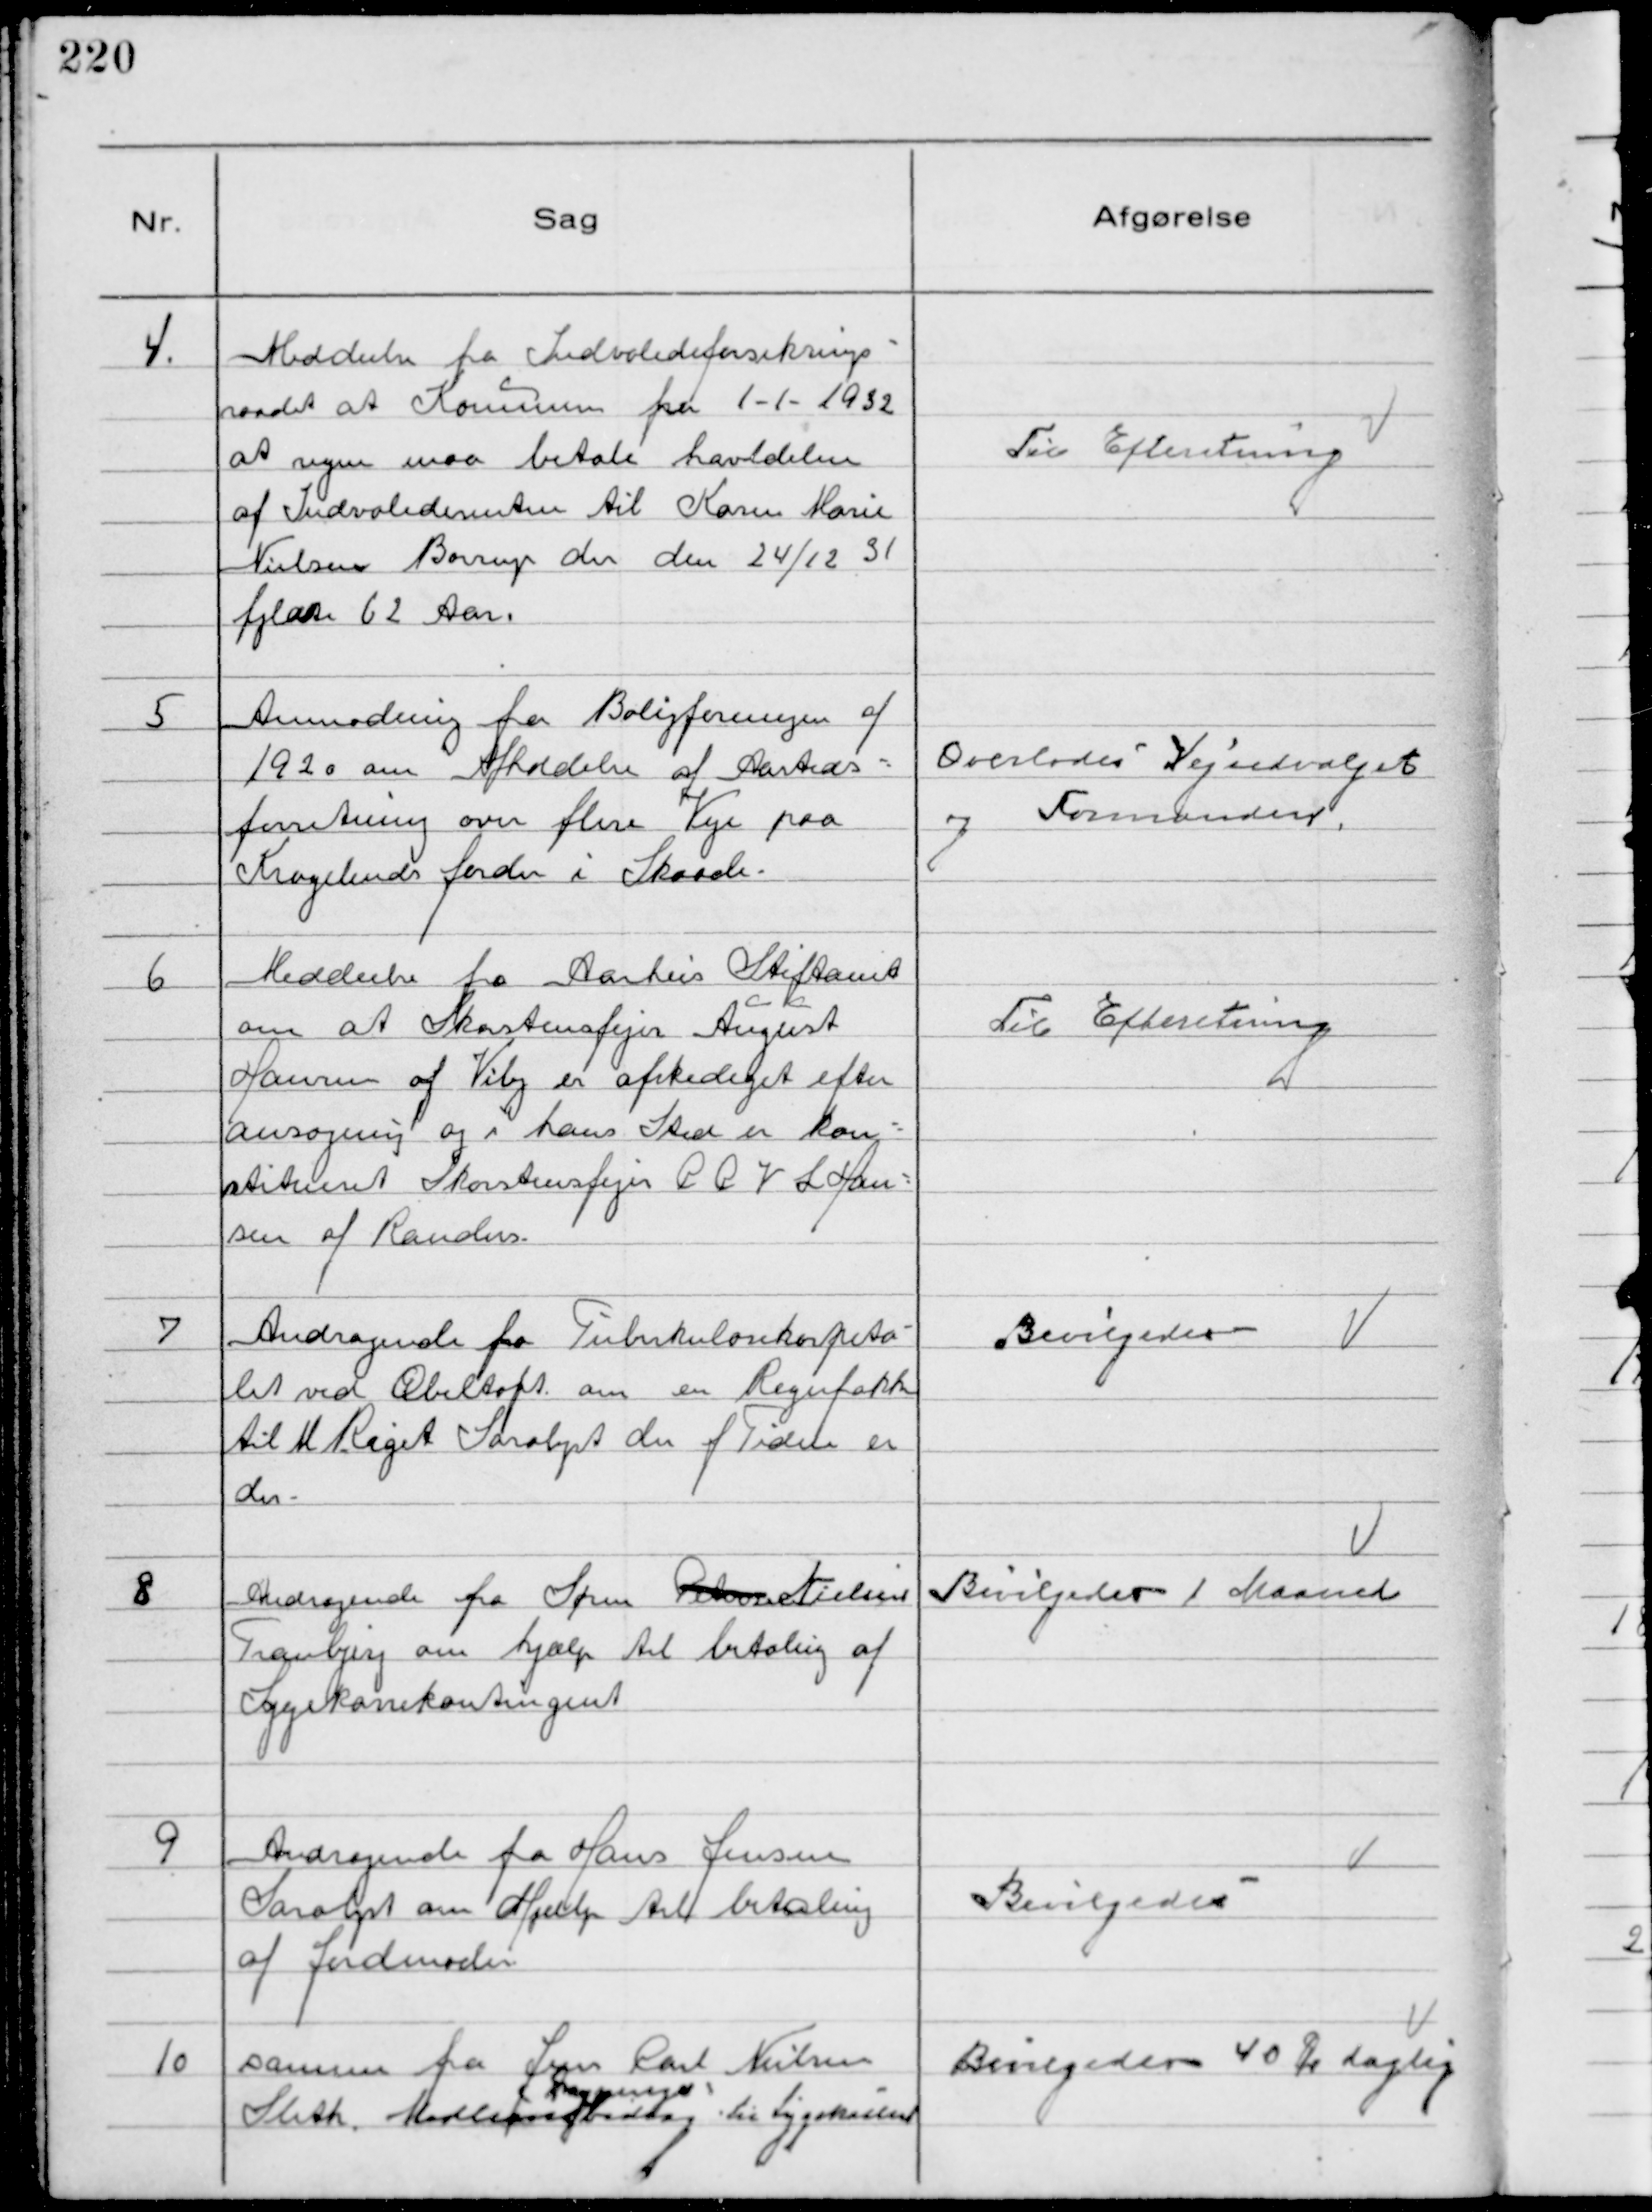
Transskription:
4.
Meddeelse fra Indvalideforsikrings-
raadet at Kommunen fra 1-1-1932
at regne maa betale havldelen
af Indvaliderenten til Karen Marie
Nielsen Borrup der den 24/12 31
fyldte 62 Aar.

Til Efteretning

5
Anmodning fra Boligforeningen af
1920 om Afholdelse af Aasteds-
forretning over flere Veje paa
Kragelunds Jorder i Skaade.

Overlodes Vejudvalget
og Formanden.

6
Meddeelse fra Aarhus Stiftamt
om at Skorstensfejer August
Hansen af Viby er afskediget efter
Ansøgning og i hans Sted er kon-
stitueret Skorstensfejer P P V L Han-
sen af Randers.

Til Efteretning

7
Andragende fra Tuberkulosehospita-
let ved Æbeltoft om en Regnfrakke
til M Riget Saralyst der f Tiden er
der.

Bevilgedes

8
Andragende fra Søren Petersen Nielsen
Tranbjerg om hjælp til betaling af
Sygekassekontingent

Bevilgedes 1 Maaned

9
Andragende fra Hans Jensen
Saralyst om Hjælp til betaling
af Jordemoder

Bevilgedes

10
Samme fra Jens Carl Nielsen
Sleth. Medlemsbidrag
Regninger
til Sygekassen

Bevilgedes 40 Ør daglig